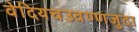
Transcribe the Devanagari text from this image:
वेदियचउवण्णजुदा